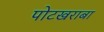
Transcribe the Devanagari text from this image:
पोटखराबा